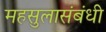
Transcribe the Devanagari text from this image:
महसुलासंबंधी